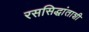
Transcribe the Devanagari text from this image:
रससिद्धांताशी